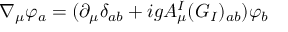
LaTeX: \nabla _ { \mu } \varphi _ { a } = ( \partial _ { \mu } \delta _ { a b } + i g A _ { \mu } ^ { I } ( G _ { I } ) _ { a b } ) \varphi _ { b }